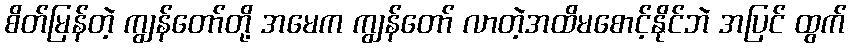
စိတ်မြန်တဲ့ ကျွန်တော်တို့ အမေက ကျွန်တော် လာတဲ့အထိမစောင့်နိုင်ဘဲ အပြင် ထွက်